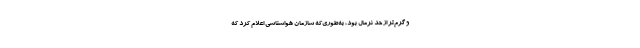
و گرم‌تر از حد نرمال بود، به‌طوری‌که سازمان هواشناسی اعلام کرد که